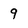
Character: 9